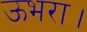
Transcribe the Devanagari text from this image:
ऊभरा।